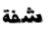
شفة